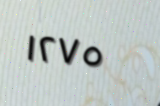
١٢٧٥